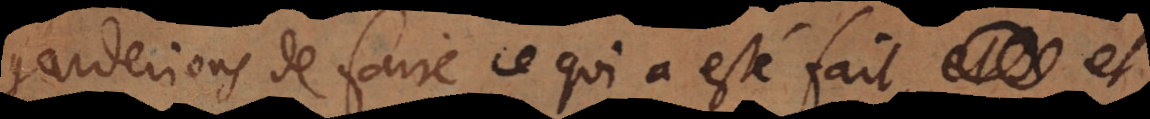
garderions de faire ce qui a esté fait, et